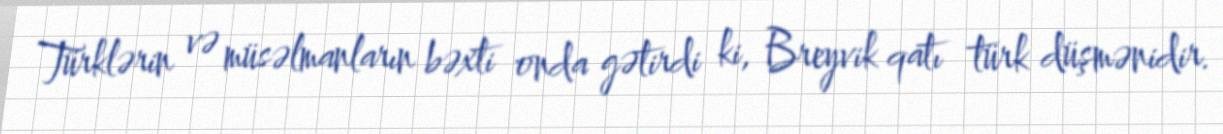
Türklərin və müsəlmanların bəxti onda gətirdi ki, Breyvik qatı türk düşmənidir.